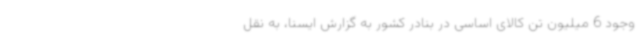
وجود 6 میلیون تن کالای اساسی در بنادر کشور به گزارش ایسنا، به نقل